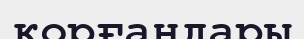
қорғандары